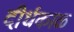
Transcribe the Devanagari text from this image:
दीर्धकाळ